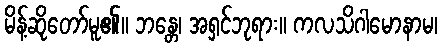
မိန့်ဆိုတော်မူ၏။ ဘန္တေ၊ အရှင်ဘုရား။ ကလသိဂါမောနာမ၊